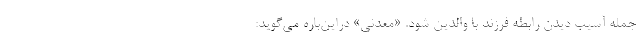
جمله آسیب دیدن رابطه فرزند با والدین شود. «معدنی» دراین‌باره می‌گوید: